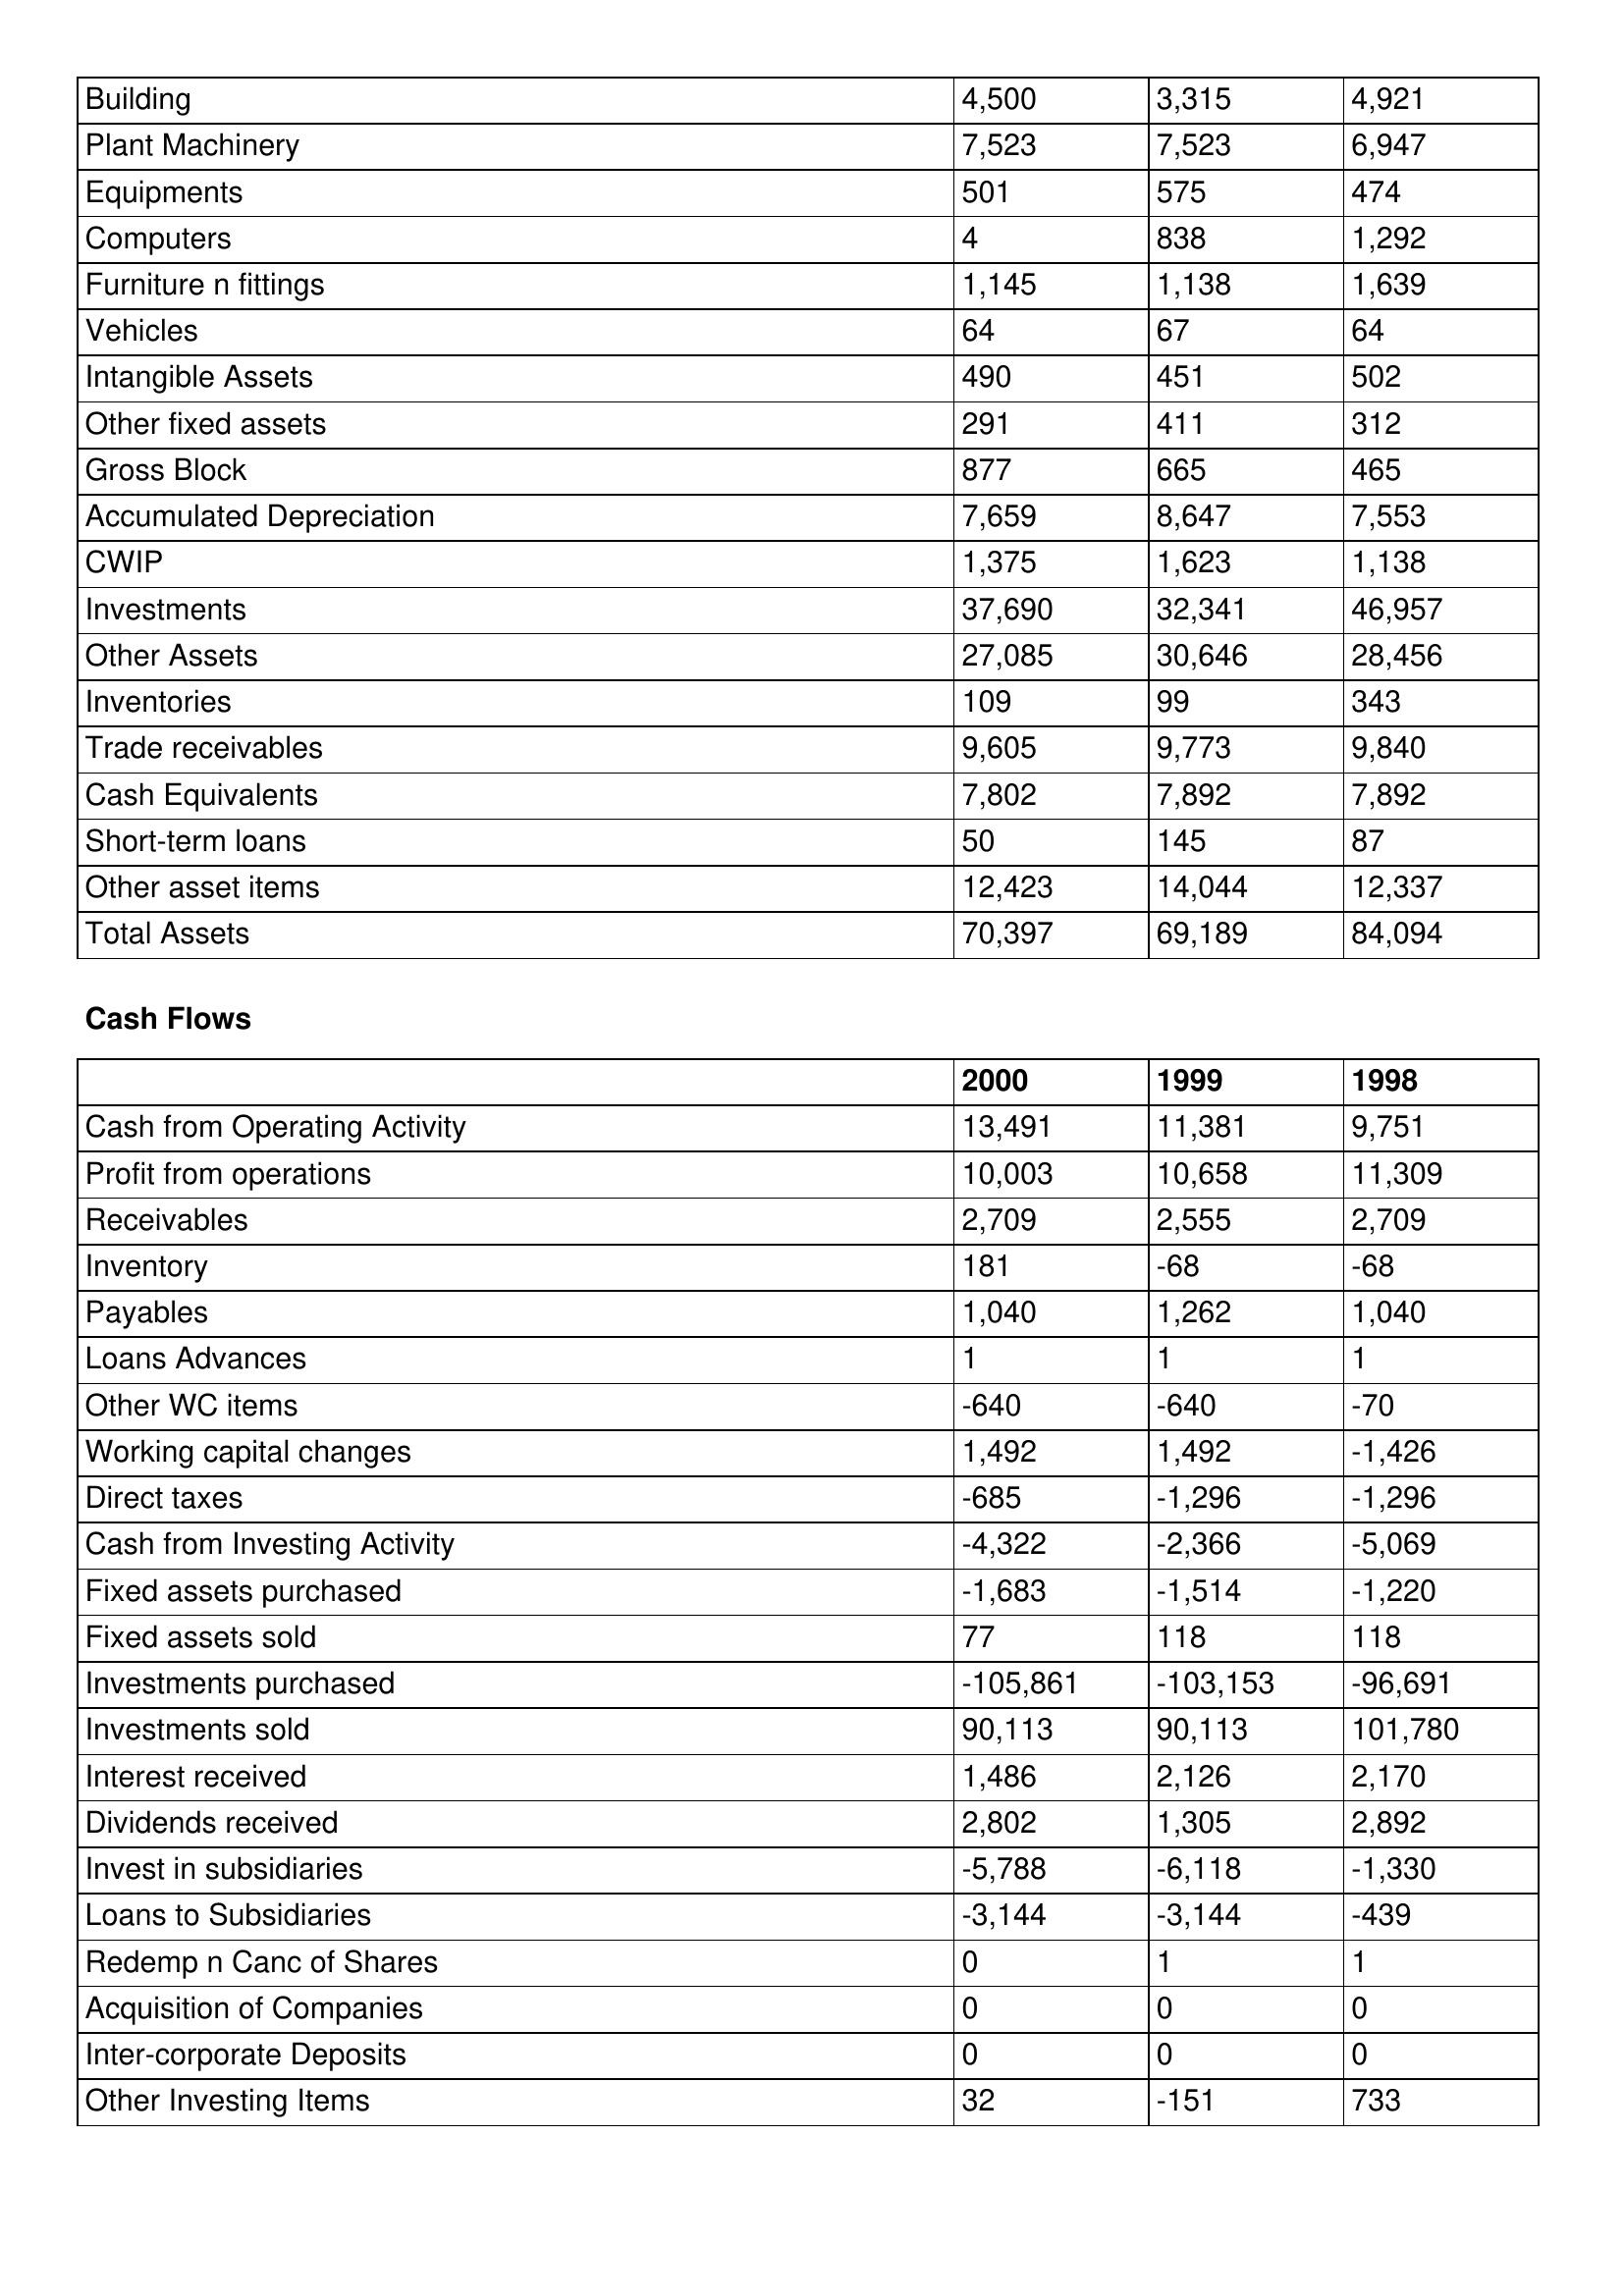
gt_parse: 2000: Balance Sheet: Building: 4,500
Plant Machinery: 7,523
Equipments: 501
Computers: 4
Furniture n fittings: 1,145
Vehicles: 64
Intangible Assets: 490
Other fixed assets: 291
Gross Block: 877
Accumulated Depreciation: 7,659
CWIP: 1,375
Investments: 37,690
Other Assets: 27,085
Inventories: 109
Trade receivables: 9,605
Cash Equivalents: 7,802
Short-term loans: 50
Other asset items: 12,423
Total Assets: 70,397
Cash Flows: Cash from Operating Activity: 13,491
Profit from operations: 10,003
Receivables: 2,709
Inventory: 181
Payables: 1,040
Loans Advances: 1
Other WC items: -640
Working capital changes: 1,492
Direct taxes: -685
Cash from Investing Activity: -4,322
Fixed assets purchased: -1,683
Fixed assets sold: 77
Investments purchased: -105,861
Investments sold: 90,113
Interest received: 1,486
Dividends received: 2,802
Invest in subsidiaries: -5,788
Loans to Subsidiaries: -3,144
Redemp n Canc of Shares: 0
Acquisition of Companies: 0
Inter-corporate Deposits: 0
Other Investing Items: 32
1999: Balance Sheet: Building: 3,315
Plant Machinery: 7,523
Equipments: 575
Computers: 838
Furniture n fittings: 1,138
Vehicles: 67
Intangible Assets: 451
Other fixed assets: 411
Gross Block: 665
Accumulated Depreciation: 8,647
CWIP: 1,623
Investments: 32,341
Other Assets: 30,646
Inventories: 99
Trade receivables: 9,773
Cash Equivalents: 7,892
Short-term loans: 145
Other asset items: 14,044
Total Assets: 69,189
Cash Flows: Cash from Operating Activity: 11,381
Profit from operations: 10,658
Receivables: 2,555
Inventory: -68
Payables: 1,262
Loans Advances: 1
Other WC items: -640
Working capital changes: 1,492
Direct taxes: -1,296
Cash from Investing Activity: -2,366
Fixed assets purchased: -1,514
Fixed assets sold: 118
Investments purchased: -103,153
Investments sold: 90,113
Interest received: 2,126
Dividends received: 1,305
Invest in subsidiaries: -6,118
Loans to Subsidiaries: -3,144
Redemp n Canc of Shares: 1
Acquisition of Companies: 0
Inter-corporate Deposits: 0
Other Investing Items: -151
1998: Balance Sheet: Building: 4,921
Plant Machinery: 6,947
Equipments: 474
Computers: 1,292
Furniture n fittings: 1,639
Vehicles: 64
Intangible Assets: 502
Other fixed assets: 312
Gross Block: 465
Accumulated Depreciation: 7,553
CWIP: 1,138
Investments: 46,957
Other Assets: 28,456
Inventories: 343
Trade receivables: 9,840
Cash Equivalents: 7,892
Short-term loans: 87
Other asset items: 12,337
Total Assets: 84,094
Cash Flows: Cash from Operating Activity: 9,751
Profit from operations: 11,309
Receivables: 2,709
Inventory: -68
Payables: 1,040
Loans Advances: 1
Other WC items: -70
Working capital changes: -1,426
Direct taxes: -1,296
Cash from Investing Activity: -5,069
Fixed assets purchased: -1,220
Fixed assets sold: 118
Investments purchased: -96,691
Investments sold: 101,780
Interest received: 2,170
Dividends received: 2,892
Invest in subsidiaries: -1,330
Loans to Subsidiaries: -439
Redemp n Canc of Shares: 1
Acquisition of Companies: 0
Inter-corporate Deposits: 0
Other Investing Items: 733